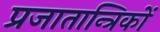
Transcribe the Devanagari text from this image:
प्रजातान्त्रिकों